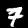
Digit: 7